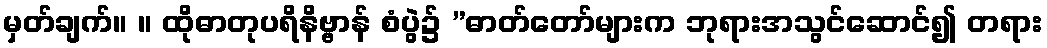
မှတ်ချက်။ ။ ထိုဓာတုပရိနိဗ္ဗာန် စံပွဲ၌ ”ဓာတ်တော်များက ဘုရားအသွင်ဆောင်၍ တရား